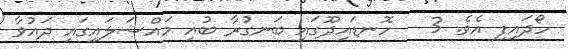
ހޯދައިފި އެވެ. 3   ހޮނޑައިދޫގައި ބަނގުރާ ބުއި މައްސަލައިގައި ދައުވާ